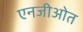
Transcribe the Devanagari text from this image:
एनजीओत